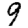
Digit: 9